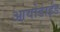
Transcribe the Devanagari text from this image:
आयोडाईड